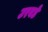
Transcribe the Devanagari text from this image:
उरवडे